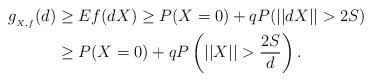
LaTeX: \begin{align*} \begin{aligned} g_{_{X,f}}(d) &\geq Ef(dX) \geq P(X=0)+qP(||dX||>2S) \\&\geq P(X=0)+qP\left(||X||>\frac{2S}{d}\right). \end{aligned}\end{align*}